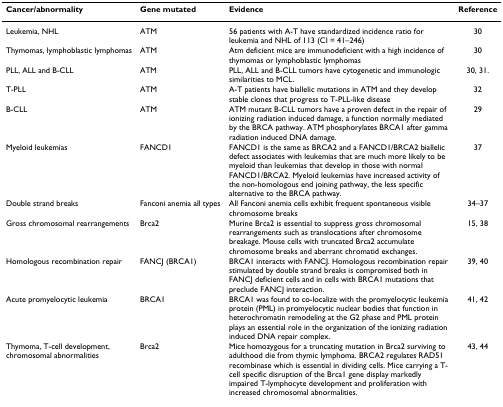
| Cancer/abnormality | Gene mutated | Evidence | Reference |
 | --- | --- | --- | --- |
 | Leukemia, NHL | ATM | 56 patients with A-T have standardized incidence ratio for leukemia and NHL of 113 (CI = 41–246) | 30 |
 | Thymomas, lymphoblastic lymphomas | ATM | Atm deficient mice are immunodeficient with a high incidence of thymomas or lymphoblastic lymphomas | 30 |
 | PLL, ALL and B-CLL | ATM | PLL, ALL and B-CLL tumors have cytogenetic and immunologic similarities to MCL. | 30, 31. |
 | T-PLL | ATM | A-T patients have biallelic mutations in ATM and they develop stable clones that progress to T-PLL-like disease | 32 |
 | B-CLL | ATM | ATM mutant B-CLL tumors have a proven defect in the repair of ionizing radiation induced damage, a function normally mediated by the BRCA pathway. ATM phosphorylates BRCA1 after gamma radiation induced DNA damage. | 29 |
 | Myeloid leukemias | FANCD1 | FANCD1 is the same as BRCA2 and a FANCD1/BRCA2 biallelic defect associates with leukemias that are much more likely to be myeloid than leukemias that develop in those with normal FANCD1/BRCA2. Myeloid leukemias have increased activity of the non-homologous end joining pathway, the less specific alternative to the BRCA pathway. | 37 |
 | Double strand breaks | Fanconi anemia all types | All Fanconi anemia cells exhibit frequent spontaneous visible chromosome breaks | 34–37 |
 | Gross chromosomal rearrangements | Brca2 | Murine Brca2 is essential to suppress gross chromosomal rearrangements such as translocations after chromosome breakage. Mouse cells with truncated Brca2 accumulate chromosome breaks and aberrant chromatid exchanges. | 15, 38 |
 | Homologous recombination repair | FANCJ (BRCA1) | BRCA1 interacts with FANCJ. Homologous recombination repair stimulated by double strand breaks is compromised both in FANCJ deficient cells and in cells with BRCA1 mutations that preclude FANCJ interaction. | 39, 40 |
 | Acute promyelocytic leukemia | BRCA1 | BRCA1 was found to co-localize with the promyelocytic leukemia protein (PML) in promyelocytic nuclear bodies that function in heterochromatin remodeling at the G2 phase and PML protein plays an essential role in the organization of the ionizing radiation induced DNA repair complex. | 41, 42 |
 | Thymoma, T-cell development, chromosomal abnormalities | Brca2 | Mice homozygous for a truncating mutation in Brca2 surviving to adulthood die from thymic lymphoma. BRCA2 regulates RAD51 recombinase which is essential in dividing cells. Mice carrying a T-cell specific disruption of the Brca1 gene display markedly impaired T-lymphocyte development and proliferation with increased chromosomal abnormalities. | 43, 44 |